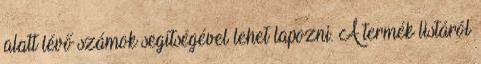
alatt lévő számok segítségével lehet lapozni. A termék listáról